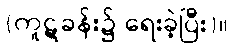
(ကူဋခန်း၌ ရေးခဲ့ပြီး)။